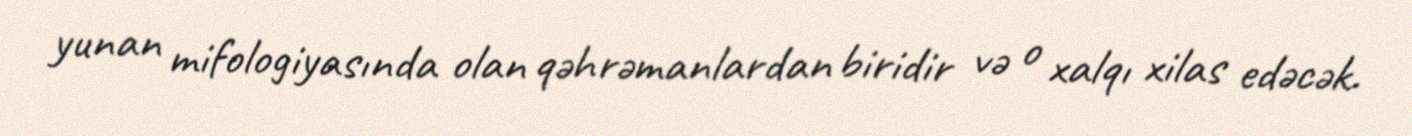
yunan mifologiyasında olan qəhrəmanlardan biridir və o xalqı xilas edəcək.